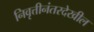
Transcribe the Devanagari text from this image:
निवृत्तीनंतरदेखील